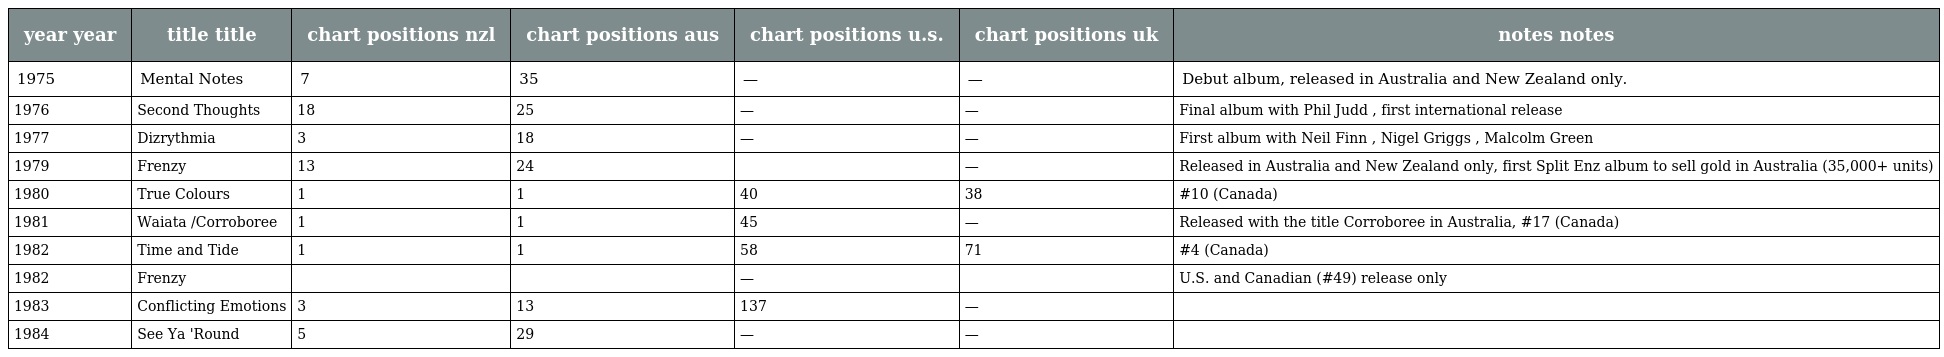
| year year | title title | chart positions nzl | chart positions aus | chart positions u.s. | chart positions uk | notes notes |
 | --- | --- | --- | --- | --- | --- | --- |
 | 1975 | Mental Notes | 7 | 35 | — | — | Debut album, released in Australia and New Zealand only. |
 | 1976 | Second Thoughts | 18 | 25 | — | — | Final album with Phil Judd , first international release |
 | 1977 | Dizrythmia | 3 | 18 | — | — | First album with Neil Finn , Nigel Griggs , Malcolm Green |
 | 1979 | Frenzy | 13 | 24 |  | — | Released in Australia and New Zealand only, first Split Enz album to sell gold in Australia (35,000+ units) |
 | 1980 | True Colours | 1 | 1 | 40 | 38 | #10 (Canada) |
 | 1981 | Waiata /Corroboree | 1 | 1 | 45 | — | Released with the title Corroboree in Australia, #17 (Canada) |
 | 1982 | Time and Tide | 1 | 1 | 58 | 71 | #4 (Canada) |
 | 1982 | Frenzy |  |  | — |  | U.S. and Canadian (#49) release only |
 | 1983 | Conflicting Emotions | 3 | 13 | 137 | — |  |
 | 1984 | See Ya 'Round | 5 | 29 | — | — |  |